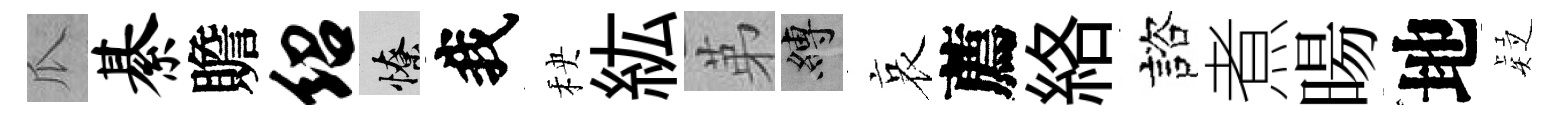
瓜綦贍绍憭我秧紘苐縛哀薦絡諮煮暘地疑